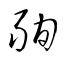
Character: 殉